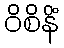
ဝိစိနိံ